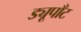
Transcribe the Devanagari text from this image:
ड्यूपाँट